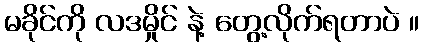
မခိုင်ကို လဒမှိုင် နဲ့ တွေ့လိုက်ရတာပဲ ။